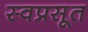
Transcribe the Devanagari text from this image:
स्वप्रसूत